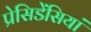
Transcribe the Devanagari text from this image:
प्रेसिडेंसियां